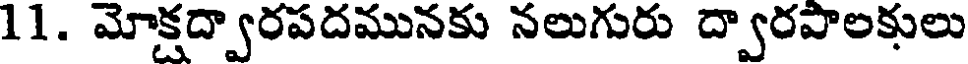
11. మోక్షద్వారపదమునకు నలుగురు ద్వారపాలకులు